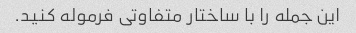
این جمله را با ساختار متفاوتی فرموله کنید.